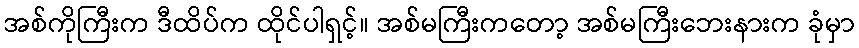
အစ်ကိုကြီးက ဒီထိပ်က ထိုင်ပါရှင့်။ အစ်မကြီးကတော့ အစ်မကြီးဘေးနားက ခုံမှာ